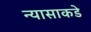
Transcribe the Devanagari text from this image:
न्यासाकडे